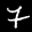
Label: 7